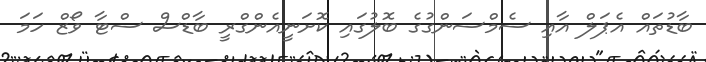
ބާޑުތައް އެޕަލް އާއި ސެމްސަންގުގެ ބޮލުގައި ކޮށަނީއެންގްރީ ބާޑްސް ސްޓާ ވޯޒް ހަމަ